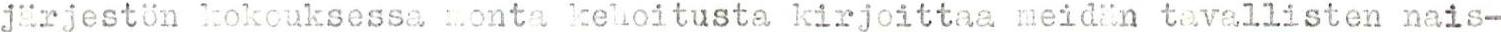
järjestön kokouksessa monta kehoitusta kirjoittaa meidän tavallisten nais-